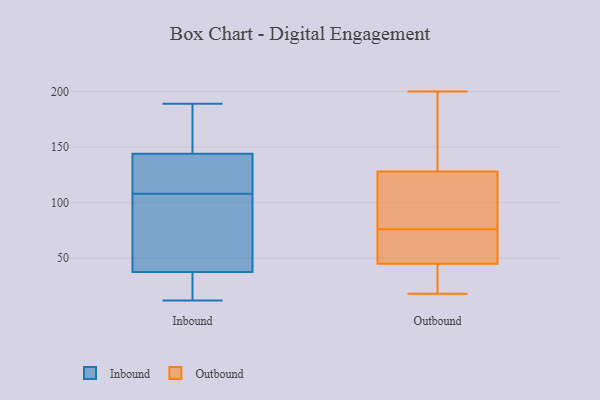
{"axis": {"x": "Shipments", "y": "Value"}, "legend": ["Inbound", "Outbound"], "data": [{"x": "", "y": 141, "type": "Inbound"}, {"x": "", "y": 183, "type": "Inbound"}, {"x": "", "y": 28, "type": "Inbound"}, {"x": "", "y": 125, "type": "Inbound"}, {"x": "", "y": 170, "type": "Inbound"}, {"x": "", "y": 108, "type": "Inbound"}, {"x": "", "y": 56, "type": "Inbound"}, {"x": "", "y": 155, "type": "Inbound"}, {"x": "", "y": 12, "type": "Inbound"}, {"x": "", "y": 32, "type": "Inbound"}, {"x": "", "y": 71, "type": "Inbound"}, {"x": "", "y": 52, "type": "Inbound"}, {"x": "", "y": 48, "type": "Inbound"}, {"x": "", "y": 144, "type": "Inbound"}, {"x": "", "y": 189, "type": "Inbound"}, {"x": "", "y": 34, "type": "Inbound"}, {"x": "", "y": 19, "type": "Inbound"}, {"x": "", "y": 118, "type": "Inbound"}, {"x": "", "y": 144, "type": "Inbound"}, {"x": "", "y": 200, "type": "Outbound"}, {"x": "", "y": 125, "type": "Outbound"}, {"x": "", "y": 131, "type": "Outbound"}, {"x": "", "y": 165, "type": "Outbound"}, {"x": "", "y": 45, "type": "Outbound"}, {"x": "", "y": 189, "type": "Outbound"}, {"x": "", "y": 104, "type": "Outbound"}, {"x": "", "y": 45, "type": "Outbound"}, {"x": "", "y": 74, "type": "Outbound"}, {"x": "", "y": 25, "type": "Outbound"}, {"x": "", "y": 78, "type": "Outbound"}, {"x": "", "y": 58, "type": "Outbound"}, {"x": "", "y": 73, "type": "Outbound"}, {"x": "", "y": 50, "type": "Outbound"}, {"x": "", "y": 33, "type": "Outbound"}, {"x": "", "y": 18, "type": "Outbound"}, {"x": "", "y": 126, "type": "Outbound"}, {"x": "", "y": 128, "type": "Outbound"}]}